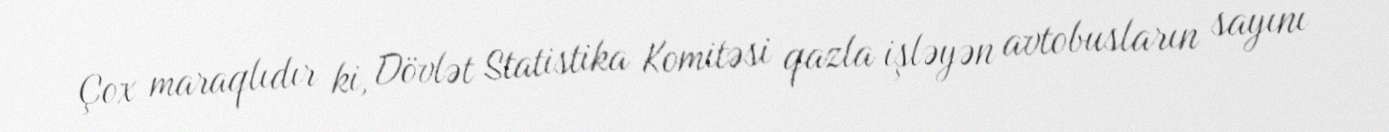
Çox maraqlıdır ki, Dövlət Statistika Komitəsi qazla işləyən avtobusların sayını